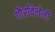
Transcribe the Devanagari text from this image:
गौरविलेली